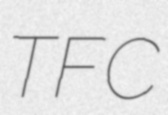
TFC